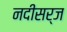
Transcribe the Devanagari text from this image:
नदीसर्ज